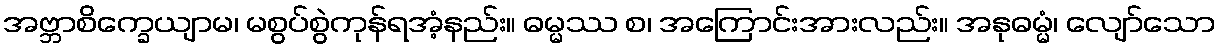
အဗ္ဘာစိက္ခေယျာမ၊ မစွပ်စွဲကုန်ရအံ့နည်း။ ဓမ္မဿ စ၊ အကြောင်းအားလည်း။ အနုဓမ္မံ၊ လျော်သော